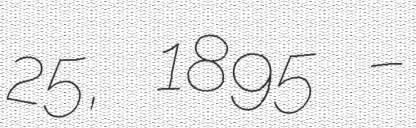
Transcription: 25, 1895 –